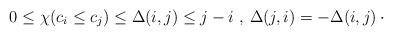
LaTeX: \begin{align*} 0\leq \chi(c_i\leq c_j)\leq \Delta(i,j)\leq j-i\,\,, \,\Delta(j,i)=-\Delta(i,j)\,\cdot\end{align*}